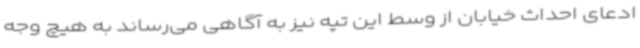
ادعای احداث خیابان از وسط این تپه نیز به آگاهی می‌رساند به هیچ وجه